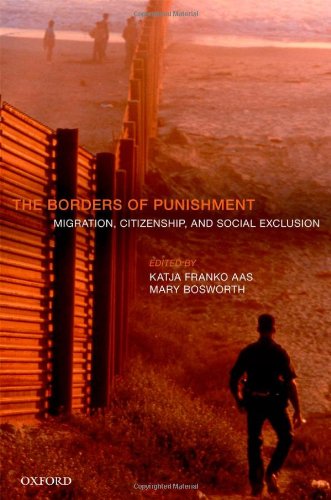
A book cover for The Borders of Punishment: Migration, Citizenship, and Social Exclusion; Katja Franko Aas; Law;